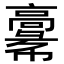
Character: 𩫚